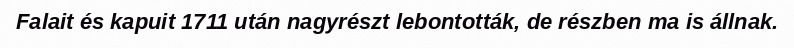
Falait és kapuit 1711 után nagyrészt lebontották, de részben ma is állnak.